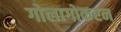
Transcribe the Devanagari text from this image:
गोलागोकरन